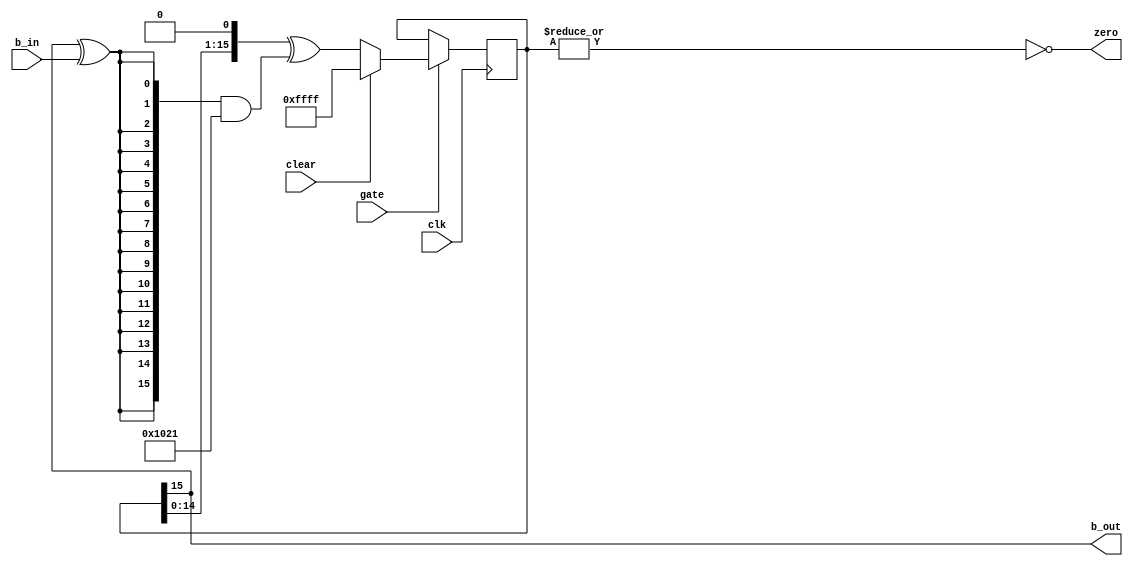
`timescale 1ns / 1ns
module crc_guts(
	input clk,
	input gate,
	input clear,
	input b_in,
	output b_out,
	output zero
);
// default is CRC-16-CCITT
// poly high order bit implicitly one
// http://en.wikipedia.org/wiki/Cyclic_redundancy_check
parameter wid=16;
parameter poly=16'h1021;
parameter init=16'hffff;

reg [wid-1:0] sr=0;
wire fb=sr[wid-1]^b_in;
always @(posedge clk) if (gate)
	sr <= clear ? init : ({sr[wid-2:0],1'b0} ^ ({wid{fb}} & poly));
assign b_out = sr[wid-1];
assign zero = ~(|sr);
endmodule